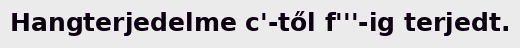
Hangterjedelme c'-től f'''-ig terjedt.